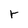
Character: r